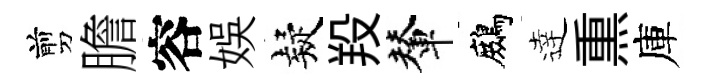
剪膽容娱疑羖輦鷓逹𤋱庫